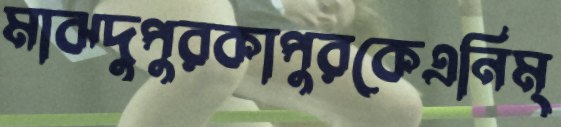
মাঝদুপুরকাপুরকেএনিম্